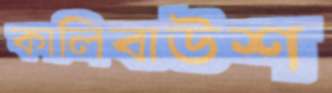
কালিবাউশ